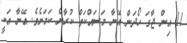
11 އިން ޖާގަ ހޯދަން އޭނާ މަސައްކަތް ކުރާނެ ކަމަށެވެ. އޭނާ އަކީ